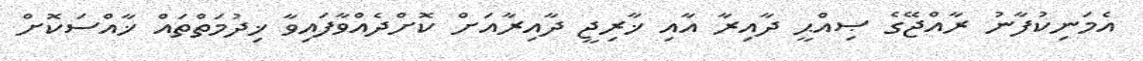
އެމަނިކުފާނު ރާއްޖޭގެ ޞިއްޙީ ދާއިރާ އާއި ޚާރިޖީ ދާއިރާއަށް ކޮށްދެއްވާފައިވާ ޚިދުމަތްތައް ޚާއްސަކޮށް